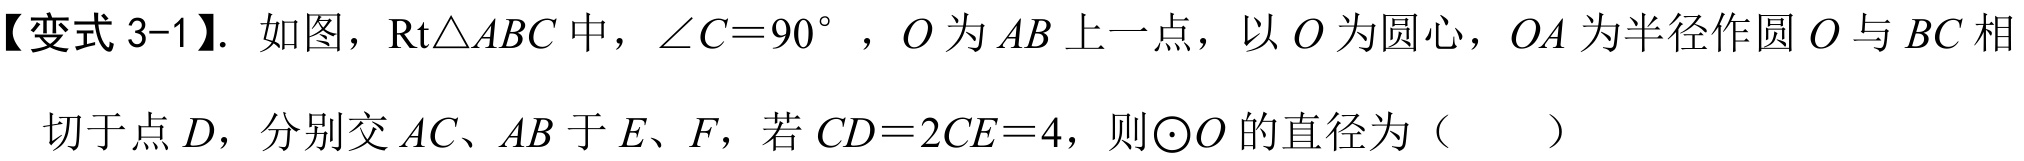
【变式 3-1】. 如图，\(\text{Rt}\triangle ABC\)中，\(\angle C = 90^{\circ}\)，\(O\)为\(AB\)上一点，以\(O\)为圆心，\(OA\)为半径作圆\(O\)与\(BC\)相
切于点\(D\)，分别交\(AC、AB\)于\(E、F\)，若\(CD = 2CE = 4\)，则\(\odot O\)的直径为（  ）